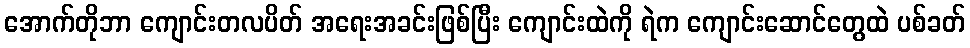
အောက်တိုဘာ ကျောင်းတလပိတ် အရေးအခင်းဖြစ်ပြီး ကျောင်းထဲကို ရဲက ကျောင်းဆောင်တွေထဲ ပစ်ခတ်